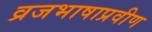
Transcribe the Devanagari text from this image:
व्रजभाषाप्रवीण